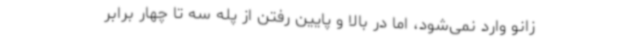
زانو وارد نمی‌شود، اما در بالا و پایین رفتن از پله سه تا چهار برابر